Burma Government Medical School reports 1923-41
Year: 1923
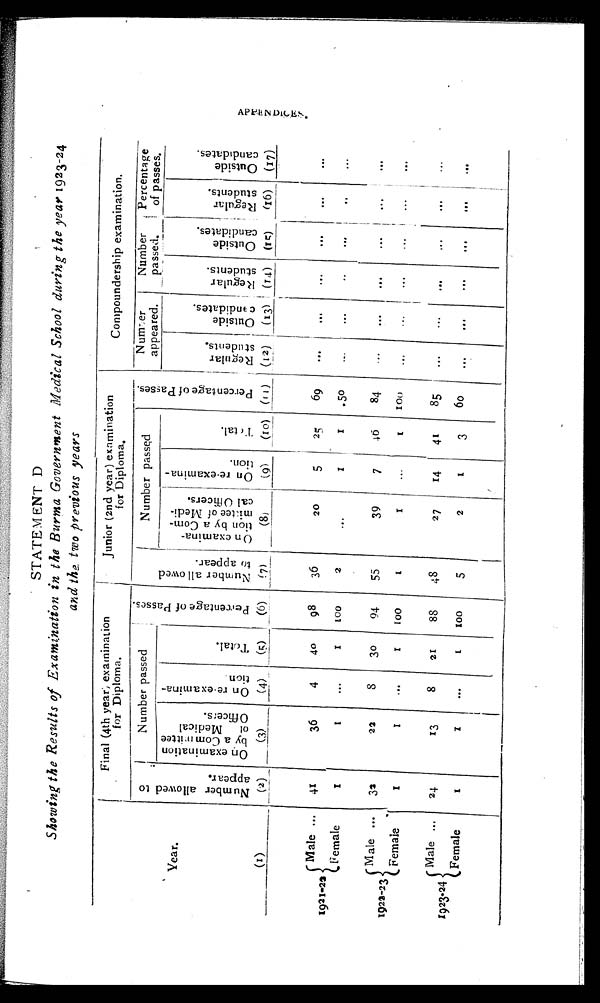
APPENDICES.
STATEMENT D
Showing the Results of Examination in the Burma Government Medical School during the year 1923-24
and the two previous years
Final (4th year) examination
f o r Di p l o ma .
Junior (2nd year) examination
for Diploma.
Compoundership examination.
Year.
N u m b e r a l l o w e d t o a p p e a r .
Number passed
P e r c e n t a g e o f P a s s e s .
N u m b e r a l l o w e d t o a p p e a r .
Number passed
P e r c e n t a g e o f P a s s e s .
N umber
appeared.
Number
passed.
Percentage
of passes.
O n e x a m i n a t i o n b y a C o m m i t t e e o f M e d i c a l O f f i c e r s .
O n r e - e x a m i n a - t i o n .
T o t a l .
O n e x a m i n a - t i o n b y a C o m - m i t t e e o f M e d i - c a l o f f i c e r s .
O n r e - e x a m i n a - t i o n .
T o t a l .
R e g u l a r s t u d e n t s .
Out si de candi dat es.
R e g u l a r s t u d e n t s .
O u t s i d e c a n d i d a t e s .
R e g u l a r s t u d e n t s .
O u t s i d e c a n d i d a t e s .
(1)
(2)
(3)
(4)
(5)
(6)
(7)
(8)
(9)
(10)
( 1 1 )
(12)
(13)
(14)
(15)
(16)
(17)
1921-22
Male ...
41
36
4
40
98
36
20
5
2 5
69
. . .
. . .
. . .
. . .
. . .
. . .
Female
1
1
...
1
100
2
. . .
1
1
.50
...
...
. . .
...
. . . ...
1922-23
Male ...
32
22
8
30
94
55
39
7
46
84
...
...
...
...
. . .
...
Female
1
1
. . .
1
100
1
1
...
1
1 0 0
...
...
...
...
...
. . .
1923-24
Male ...
24
13
8
21
88
48
27
14
41
85
...
...
...
...
. . .
Female
1
1
...
1
100
5
2
1
3
60
. . .
...
...
. . .
. . .
. . .